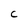
Character: C